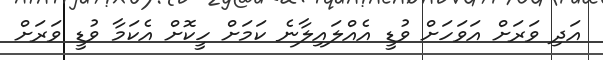
އަދި ވަރަށް އަވަހަށް ވުޑީ އެއްލައިލާނެ ކަމަށް ހީކޮށް އެކަމާ ވުޑީ ވަރަށް